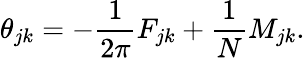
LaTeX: \theta_{jk}=-{\frac{1}{2\pi}}F_{jk}+{\frac{1}{N}}M_{jk}.